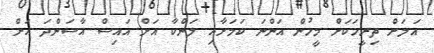
އަލަށް ތިރީހަކަށް މީހުން އަންނަ ކަމަށާއި ލަންކާ އަށް އައިސް އާސަންދަ އަށް